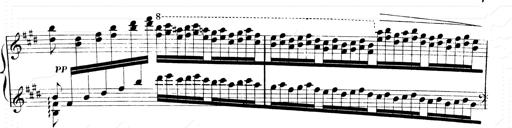
Title: 2 Transcriptions d'aprÃ¨s Rossini
Composer: Franz Liszt